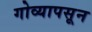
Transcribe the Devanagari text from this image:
गोव्यापसून